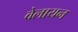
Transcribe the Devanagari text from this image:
वेलायन